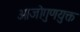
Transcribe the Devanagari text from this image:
ओजोगुणयुक्त